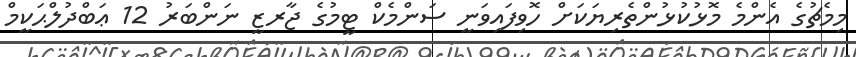
މިމެޗުގެ އެންމެ މޮޅުކުޅުންތެރިޔަކަށް ހޮވިފައިވަނީ ސަންމެކް ޓީމުގެ ޖާރޒީ ނަންބަރު 12 ޢަބްދުލްޙަކީމް